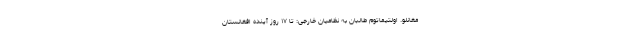
مغانلو. اولتیماتوم طالبان به نظامیان خارجی: تا ۱۷ روز آینده افغانستان